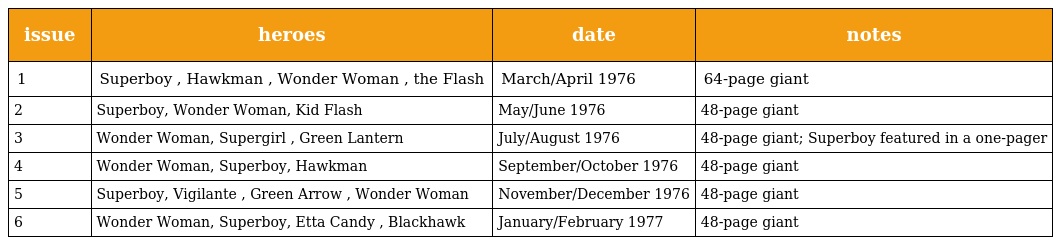
| issue | heroes | date | notes |
 | --- | --- | --- | --- |
 | 1 | Superboy , Hawkman , Wonder Woman , the Flash | March/April 1976 | 64-page giant |
 | 2 | Superboy, Wonder Woman, Kid Flash | May/June 1976 | 48-page giant |
 | 3 | Wonder Woman, Supergirl , Green Lantern | July/August 1976 | 48-page giant; Superboy featured in a one-pager |
 | 4 | Wonder Woman, Superboy, Hawkman | September/October 1976 | 48-page giant |
 | 5 | Superboy, Vigilante , Green Arrow , Wonder Woman | November/December 1976 | 48-page giant |
 | 6 | Wonder Woman, Superboy, Etta Candy , Blackhawk | January/February 1977 | 48-page giant |